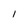
Character: I